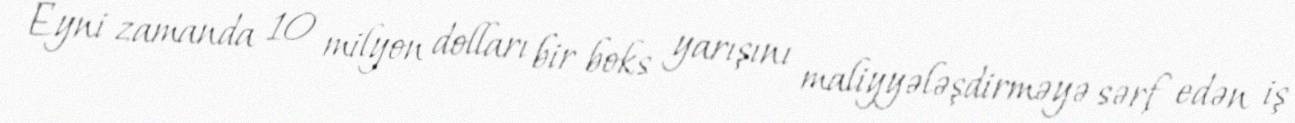
Eyni zamanda 10 milyon dolları bir boks yarışını maliyyələşdirməyə sərf edən iş